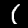
Digit: 1